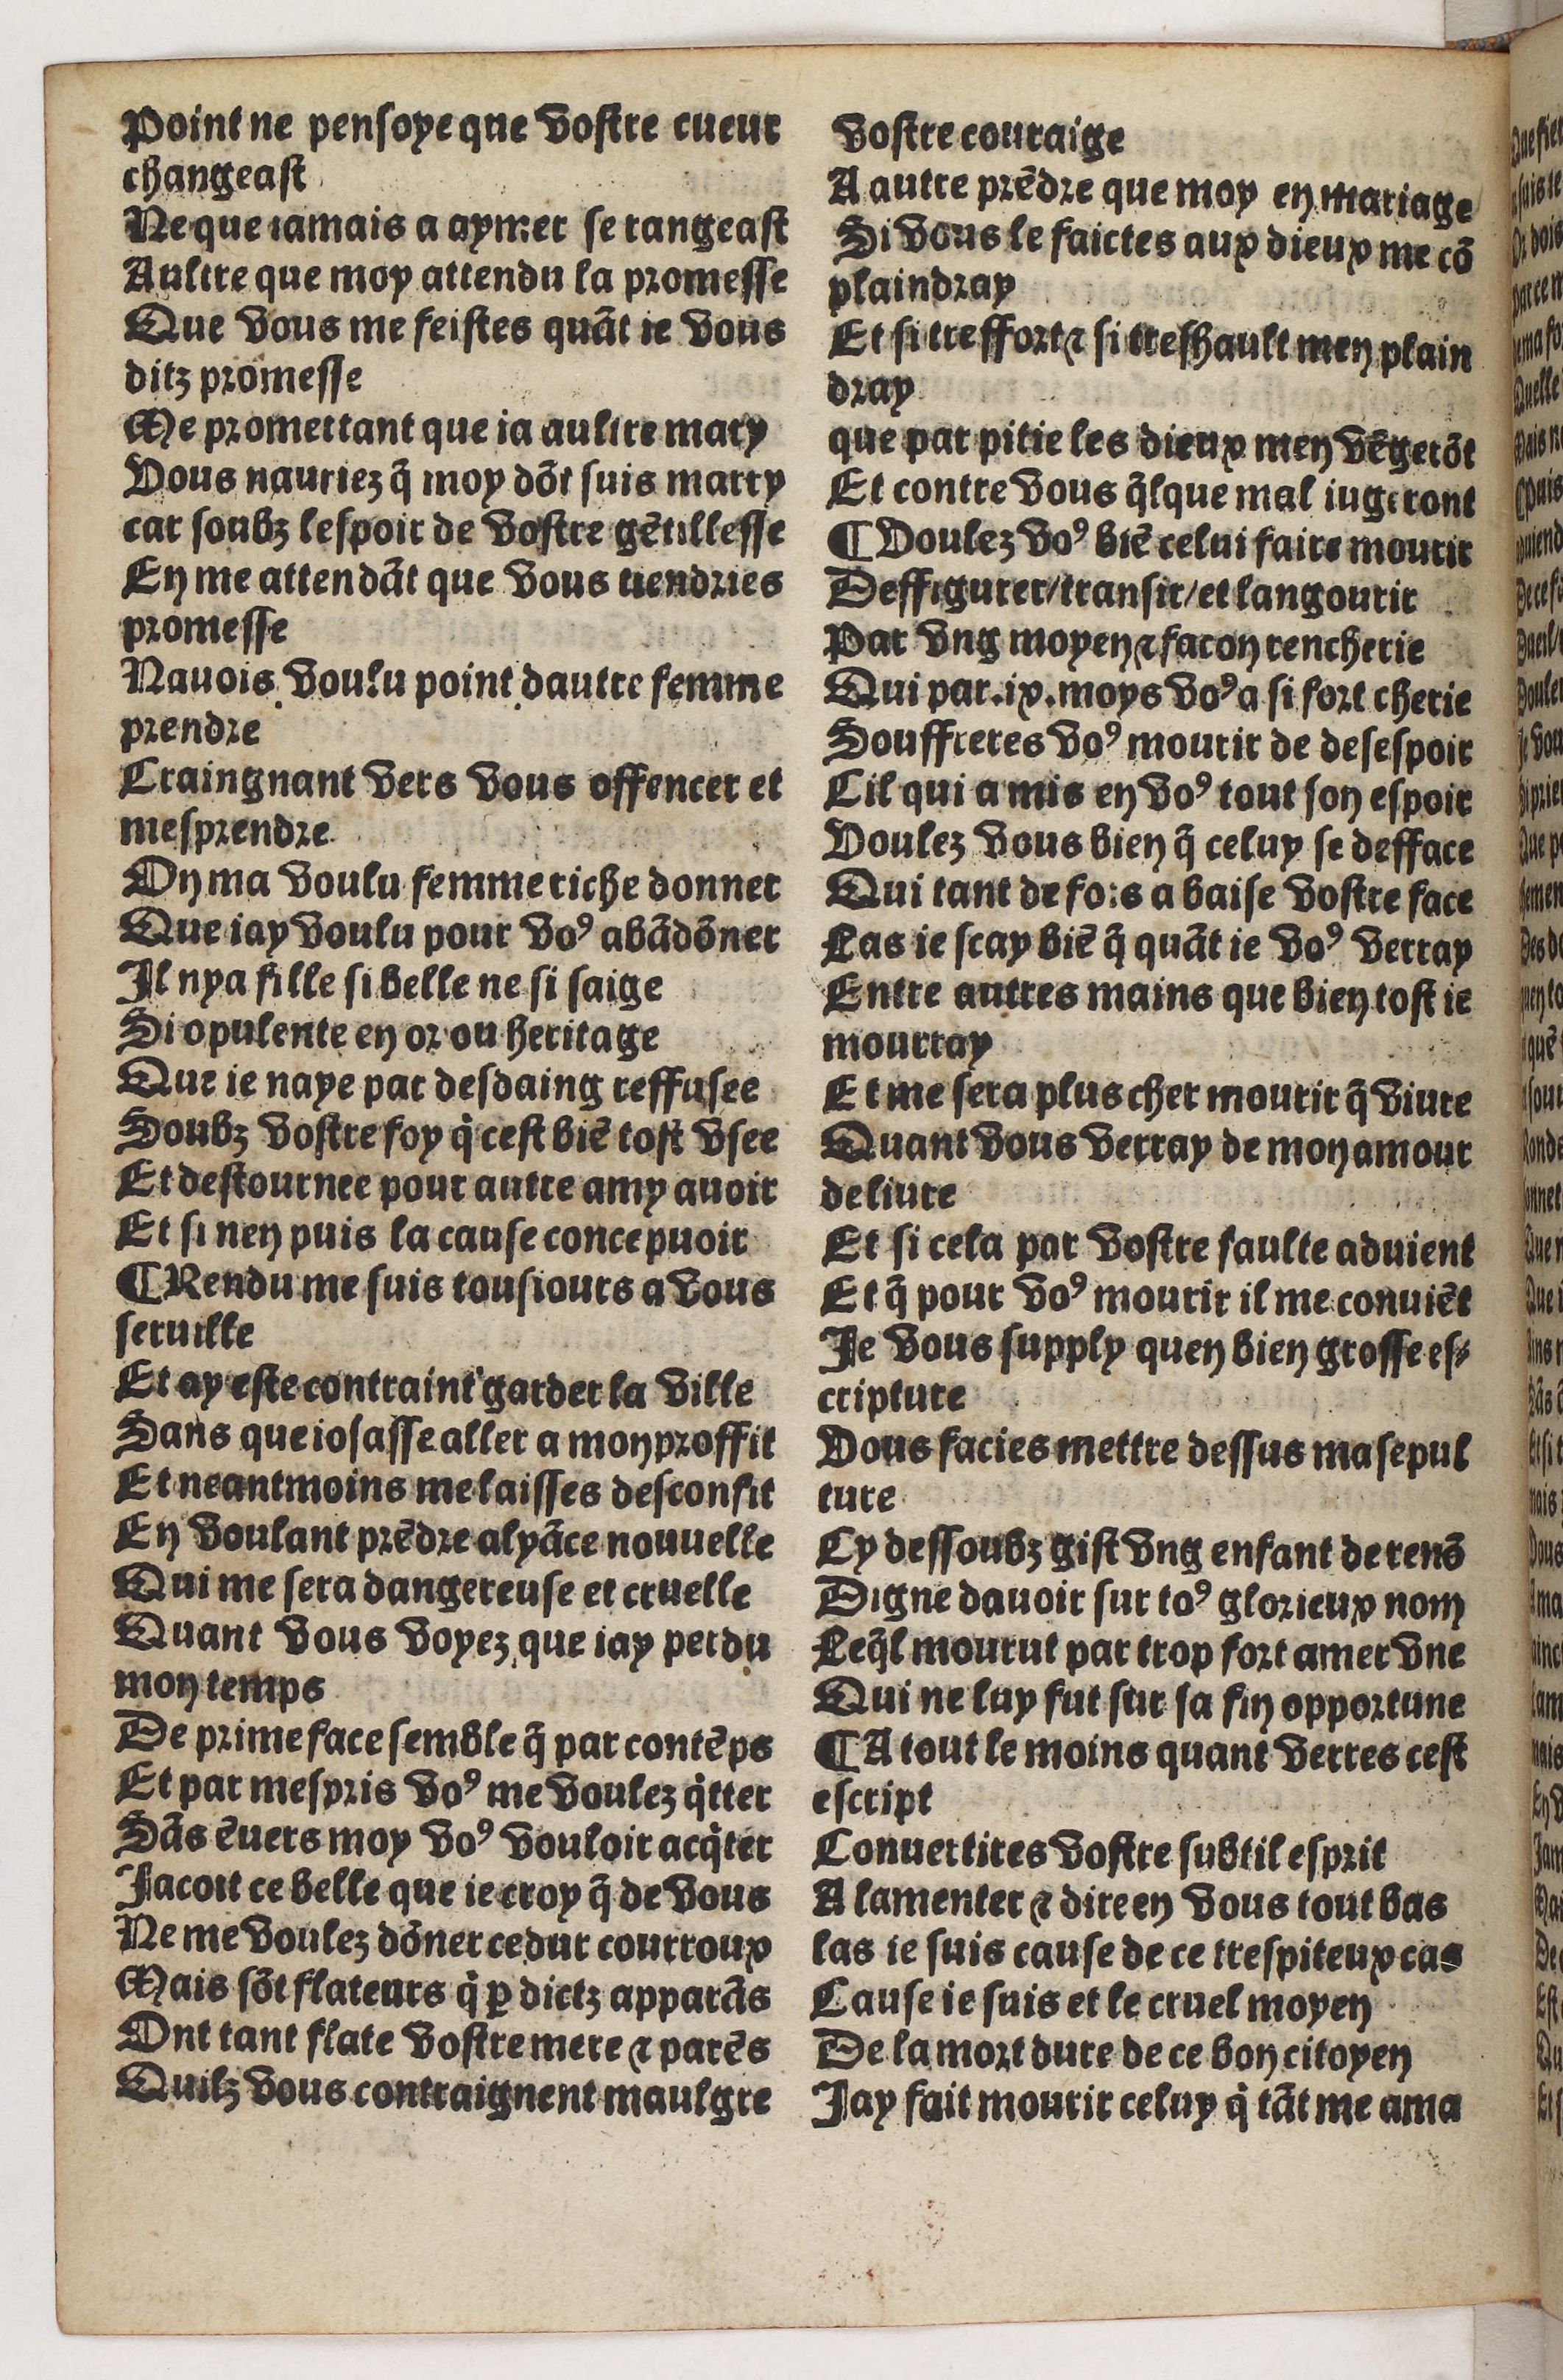
Shelfmark: Paris, BnF, Rés. Y2-930
Century: 15